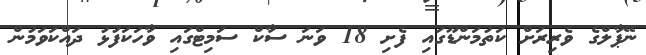
ނޭޕާލްގެ ވެރިރަށް ކަތުމަންޑޫގައި ފެށި 18 ވަނަ ސާކް ސަމިޓްގައި ވާހަކަފުޅު ދައްކަވަމުން